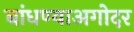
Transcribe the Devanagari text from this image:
बांधण्याअगोदर